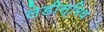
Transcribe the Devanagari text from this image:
लेडीस्मिथ